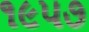
૧૯પ૭